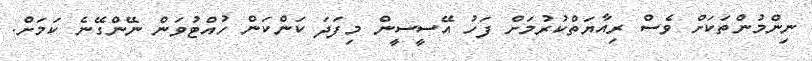
ނިންމުންތަކަށް ވެސް ރިއާޔަތްކުރުމަށް ފަހު އޭސީސީން މިފަދަ ކަންކަން ހުއްޓުވަން ނޭންގޭނެ ކަމަށް.